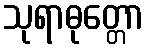
သုရာဓုတ္တော